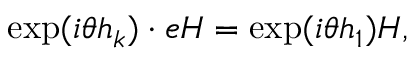
\exp ( i \theta h _ { k } ) \cdot e H = \exp ( i \theta h _ { 1 } ) H ,